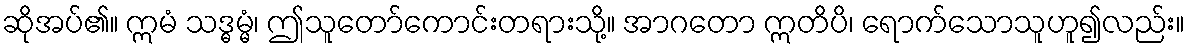
ဆိုအပ်၏။ ဣမံ သဒ္ဓမ္မံ၊ ဤသူတော်ကောင်းတရားသို့။ အာဂတော ဣတိပိ၊ ရောက်သောသူဟူ၍လည်း။